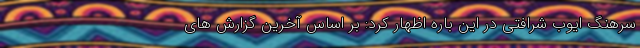
سرهنگ ایوب شرافتی در این باره اظهار کرد: بر اساس آخرین گزارش های